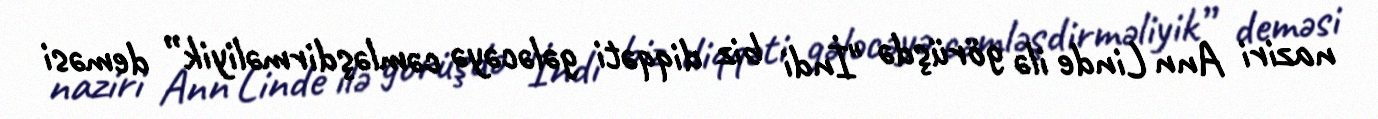
naziri Ann Linde ilə görüşdə "İndi biz diqqəti gələcəyə cəmləşdirməliyik” deməsi